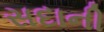
સદાની